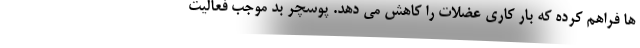
ها فراهم کرده که بار کاری عضلات را کاهش می دهد. پوسچر بد موجب فعالیت